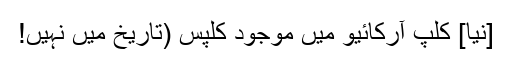
[نیا] کلپ آرکائیو میں موجود کلپس (تاریخ میں نہیں!